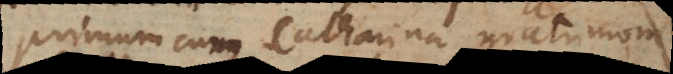
primum cum Catharina matrimonium